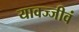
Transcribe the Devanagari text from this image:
यावज्जीवं